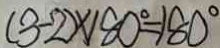
( 3 - 2 ) \times 1 8 0 ^ { \circ } = 1 8 0 ^ { \circ }